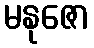
မနုဇော